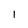
Character: I